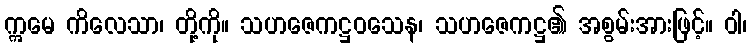
ဣမေ ကိလေသာ၊ တို့ကို။ သဟဇေကဋ္ဌဝသေန၊ သဟဇေကဋ္ဌ၏ အစွမ်းအားဖြင့်။ ဝါ၊